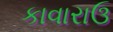
કાવારાઉ